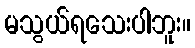
မသွယ်ရသေးပါဘူး။